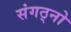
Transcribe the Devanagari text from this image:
संगठ्नो